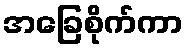
အခြေစိုက်ကာ